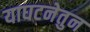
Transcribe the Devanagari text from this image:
याघटनेतुन